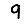
Digit: 9